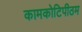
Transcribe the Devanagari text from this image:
कामकोटिपीठम